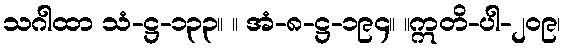
သဂါထာ သံ-ဋ္ဌ-၁၃၃။ ။ အံ-၈-ဋ္ဌ-၁၉၄။ ။ဣတိ-ပါ-၂၀၉၊